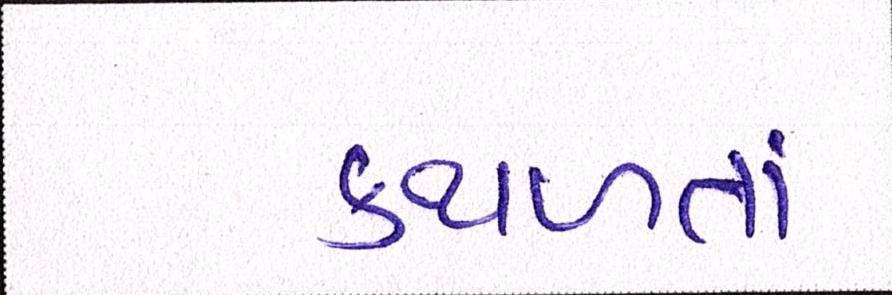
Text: કથળતાં